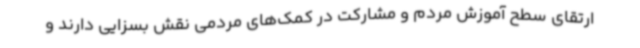
ارتقای سطح آموزش مردم و مشارکت در کمک‌های مردمی نقش بسزایی دارند و